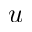
u